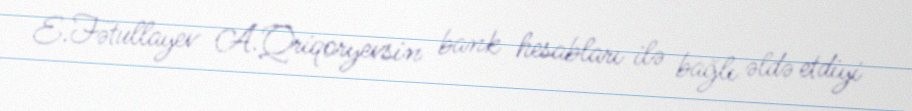
E.Fətullayev A.Qriqoryevsin bank hesabları ilə bağlı əldə etdiyi